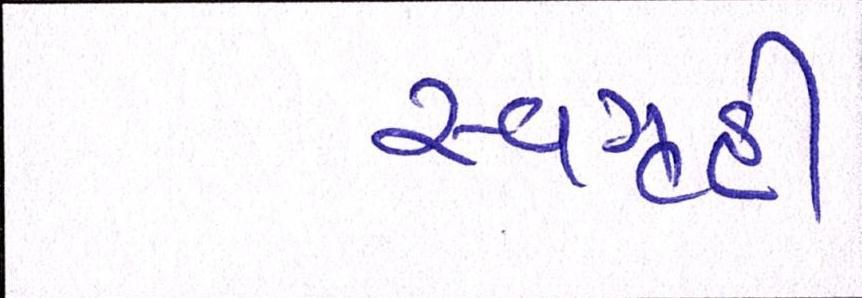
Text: સ્વગૃહી